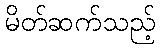
မိတ်ဆက်သည့်